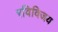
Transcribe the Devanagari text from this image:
रविविजय